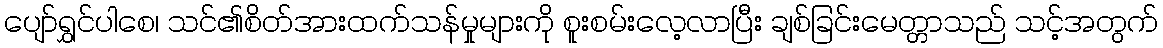
ပျော်ရွှင်ပါစေ၊ သင်၏စိတ်အားထက်သန်မှုများကို စူးစမ်းလေ့လာပြီး ချစ်ခြင်းမေတ္တာသည် သင့်အတွက်